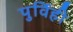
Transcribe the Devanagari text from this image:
पुर्विही